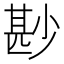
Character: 尠